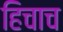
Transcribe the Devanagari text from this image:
हिचाच